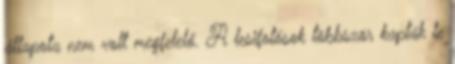
állapota nem volt megfelelő. A lesifotósok többször kapták le